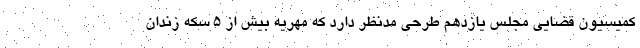
کمیسیون قضایی مجلس یازدهم طرحی مدنظر دارد که مهریه بیش از ۵ سکه زندان